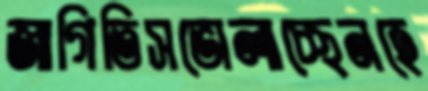
জাগিতিসভোলাচ্ছেনহে